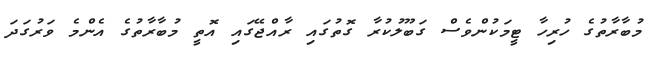
މުބާރާތުގެ ހުރިހާ ޓީމަކުންވެެސް ގަބޫލުކުރާ ގޮތުގައި ރާއްޖޭގައި އޮތީ މުބާރާތުގެ އެންމެ ވަރުގަދަ